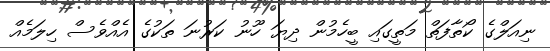
ނިއަލްގެ ކޯތާފަތް މަތީގައި ބީހެމުން ދިޔަ ހޫނު ކަރުނަ ތަކުގެ އެއްވެސް ހިލަމެއް